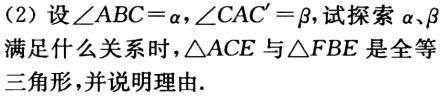
（2）设\(\angle ABC = \alpha,\angle CAC'=\beta\)，试探索\(\alpha、\beta\)满足什么关系式时，\(\triangle ACE\)与\(\triangle FBE\)是全等三角形，并说明理由.